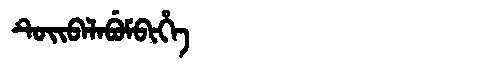
Manchu: ᡨᡠᡳᠪᠠᠯᠠᠪᡠᠮᠪᡳᡥᡝ
Romanization: TUIBALABUMBIHE